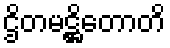
ဌိတမဋ္ဌိတောတိ